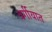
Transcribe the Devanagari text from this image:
वर्गीयात